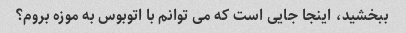
ببخشید، اینجا جایی است که می توانم با اتوبوس به موزه بروم؟